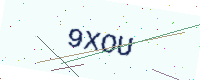
Text: 9XOU